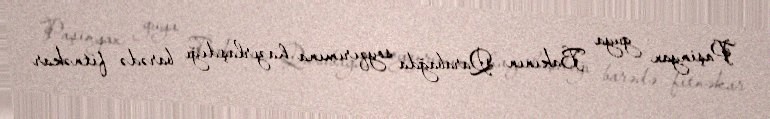
Paşinyan guya Bakının Qarabağda soyqırımına hazırlaşdığı barədə fitnəkar